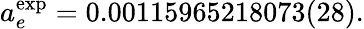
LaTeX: a_{e}^{\mathrm{exp}}=0.00115965218073(28).